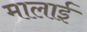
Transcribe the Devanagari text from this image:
मालाई